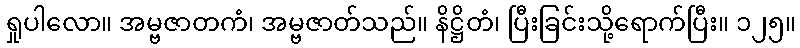
ရှုပါလော။ အမ္ဗဇာတကံ၊ အမ္ဗဇာတ်သည်။ နိဋ္ဌိတံ၊ ပြီးခြင်းသို့ရောက်ပြီး။ ၁၂၅။